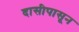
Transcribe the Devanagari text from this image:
दासीपासून